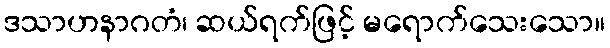
ဒသာဟနာဂတံ၊ ဆယ်ရက်ဖြင့် မရောက်သေးသော။